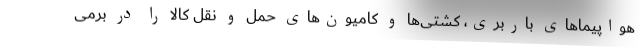
هواپیما‌های باربری، کشتی‌ها و کامیون‌های حمل و نقل کالا را در برمی